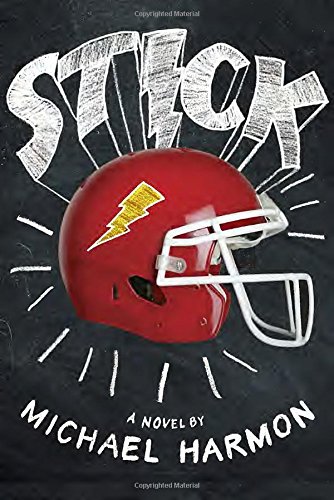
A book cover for Stick; Michael Harmon; Teen & Young Adult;